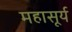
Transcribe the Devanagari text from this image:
महासूर्य